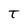
Character: T